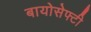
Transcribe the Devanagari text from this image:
बायोसेफ्टी